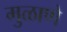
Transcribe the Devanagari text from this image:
मुळाणे